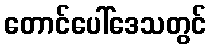
တောင်ပေါ်ဒေသတွင်